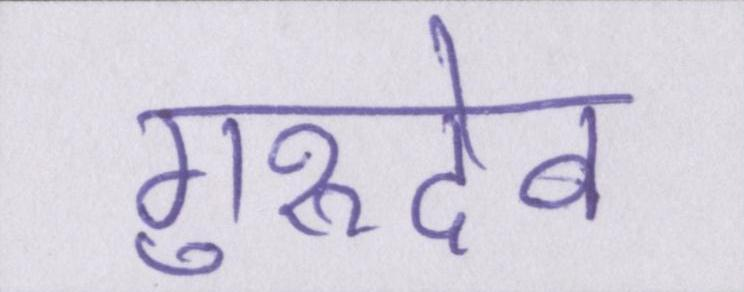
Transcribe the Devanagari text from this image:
गुरुदेव